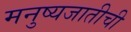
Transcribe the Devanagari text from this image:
मनुष्यजातीची